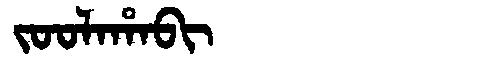
Manchu: ᠵᠣᠣᠯᠠᡥᠠᠪᡳ
Romanization: JOOLAHABI